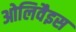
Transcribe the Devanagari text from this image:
ओलिवैइस